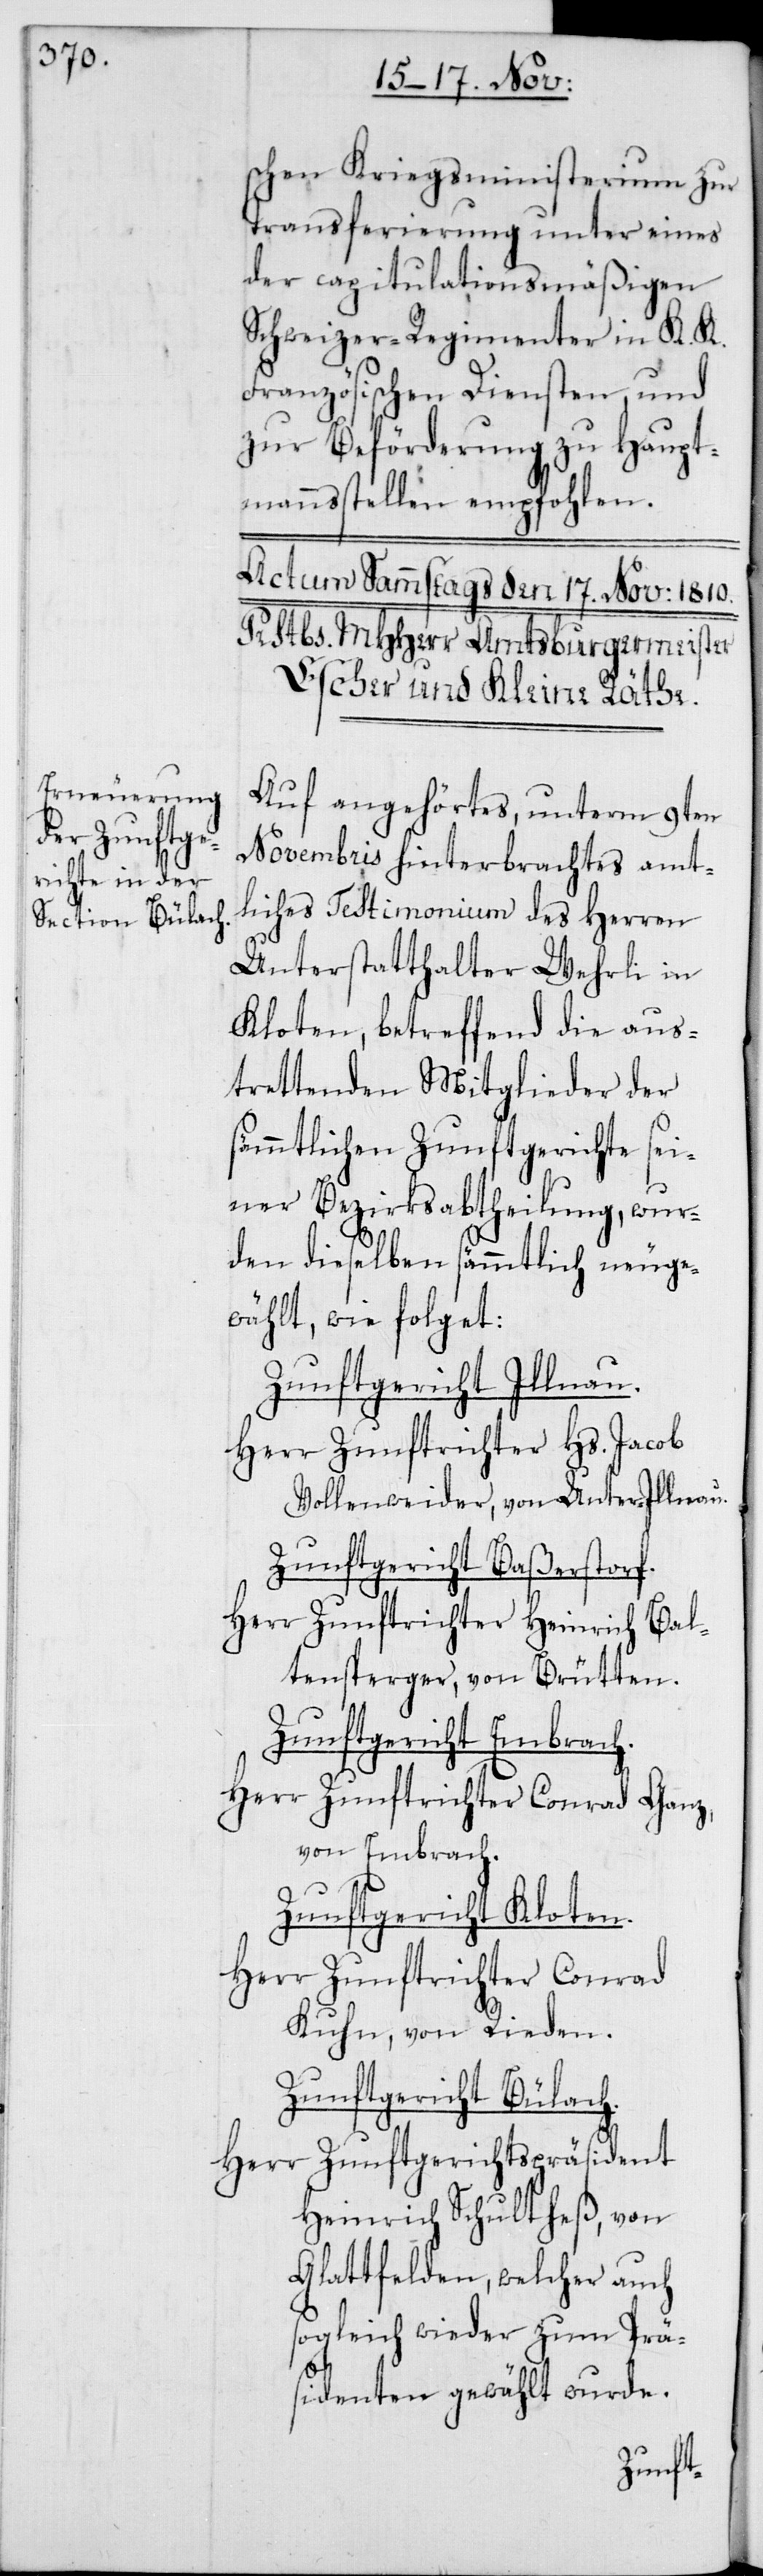
schen Kriegsministerium zur
Transferierung unter eines
der capitulationsmäßigen
Schweizer-Regimenter in K. K.
Französischen Diensten, und
zur Beförderung zu Haupt¬
mannsstellen empfohlen.
Auf angehörtes, unterm 9ten
Novembris hinterbrachtes amt¬
liches Testimonium des Herren
Unterstatthalter Wehrli in
Kloten, betreffend die aus¬
trettenden Mitglieder der
sämmtlichen Zunftgerichte sei¬
ner Bezirksabtheilung, wur¬
den dieselben sämmtlich neuge¬
wählt, wie folget:
Zunftgericht Illnau.
Herr Zunftrichter Hs. Jacob
Vollenweider, von Unter-Illnau.
Zunftgericht Baßerstorf.
Herr Zunftrichter Heinrich Bal¬
tensperger, von Brütten.
Zunftgericht Embrach.
Herr Zunftrichter Conrad Ganz,
von Embrach.
Zunftgericht Kloten.
Herr Zunftrichter Conrad
Kuhn, von Rieden.
Zunftgericht Bülach.
Herr Zunftgerichtspräsident
Heinrich Schultheß, von
Glattfelden, welcher auch
sogleich wieder zum Prä¬
sidenten gewählt wurde.